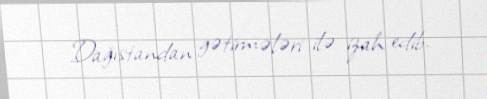
Dağıstandan gətirmələri ilə izah edib.